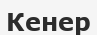
Кенер